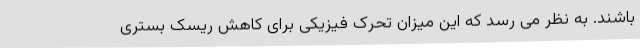
باشند. به نظر می رسد که این میزان تحرک فیزیکی برای کاهش ریسک بستری